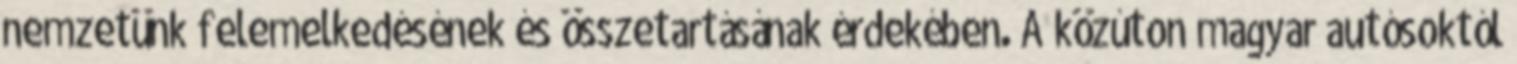
nemzetünk felemelkedésének és összetartásának érdekében. A közúton magyar autósoktól